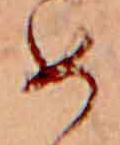
め